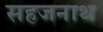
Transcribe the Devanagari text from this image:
सहजनाथ